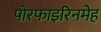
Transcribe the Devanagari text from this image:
पोरफाइरिनमेह